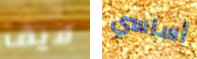
لايف أساسي